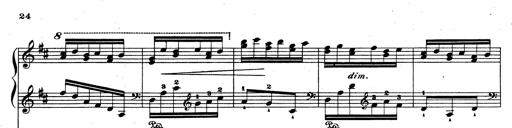
Title: Rhapsodie espagnole
Composer: Franz Liszt